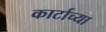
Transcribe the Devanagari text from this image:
कार्टाच्या